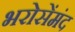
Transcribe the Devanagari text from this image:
भरोसेंमंद